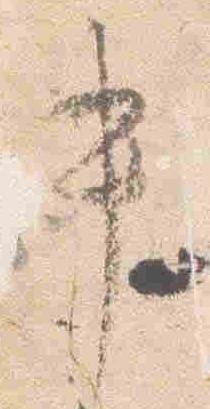
中